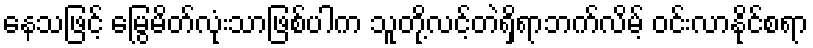
နေသဖြင့် မြွေမိတ်လုံးသာဖြစ်ပါက သူတို့လင့်တဲရှိရာဘက်လိမ့် ဝင်းလာနိုင်စရာ